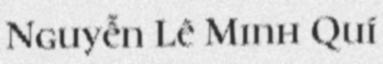
Nguyễn Lê Minh Quí